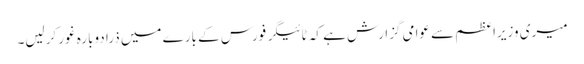
میری وزیراعظم سے عوامی گزارش ہے کہ ٹائیگر فورس کے بارے میں ذرا دوبارہ غور کرلیں۔